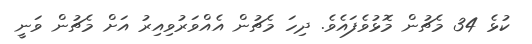
ކުޅެ 34 މެޗުން މޮޅުވެފައެވެ. ދިހަ މެޗުން އެއްވަރުވިއިރު އަށް މެޗުން ވަނީ